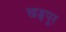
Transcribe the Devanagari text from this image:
खड्गपूर